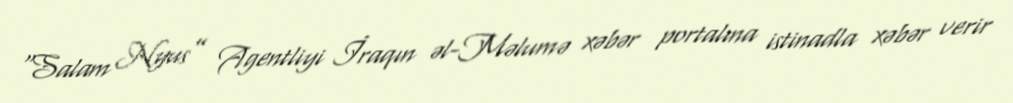
“Salam Nyus” Agentliyi İraqın əl-Məlumə xəbər portalına istinadla xəbər verir